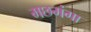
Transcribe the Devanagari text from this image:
मछमंगा